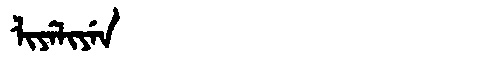
Manchu: ᠯᡳᠶᡝᠯᡳᠶᡝᠨ
Romanization: LIYELIYEN